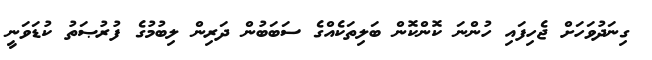
ގިނަދުވަހަށް ޖެހިފައި ހުންނަ ކޮންކޮން ބަލިތަކެއްގެ ސަބަބުން ދަރިން ލިބުމުގެ ފުރުޞަތު ކުޑަވަނީ